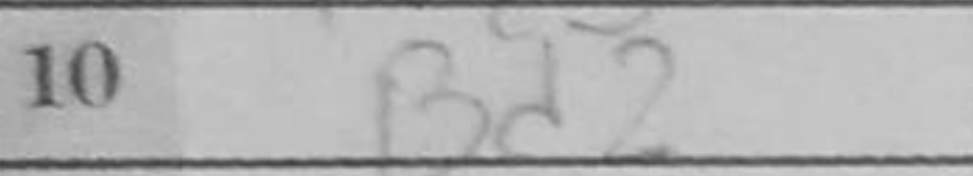
Transcription: Bd2